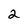
Character: 2